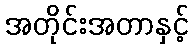
အတိုင်းအတာနှင့်